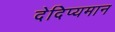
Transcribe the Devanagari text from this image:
देदिप्यमान